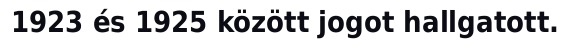
1923 és 1925 között jogot hallgatott.